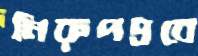
নিরুপদ্রবে